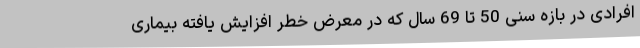
افرادی در بازه سنی 50 تا 69 سال که در معرض خطر افزایش یافته بیماری